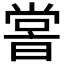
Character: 𡮢